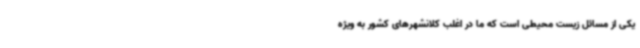
یکی از مسائل زیست محیطی است که ما در اغلب کلانشهرهای کشور به ویژه